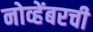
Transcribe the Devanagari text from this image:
नोव्हेंबरची